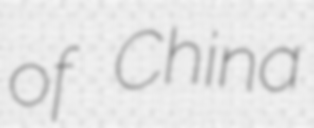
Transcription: of China